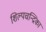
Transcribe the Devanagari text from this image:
शिल्पचन्द्रिका